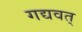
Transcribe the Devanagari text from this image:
गद्यवत्